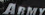
ABMY